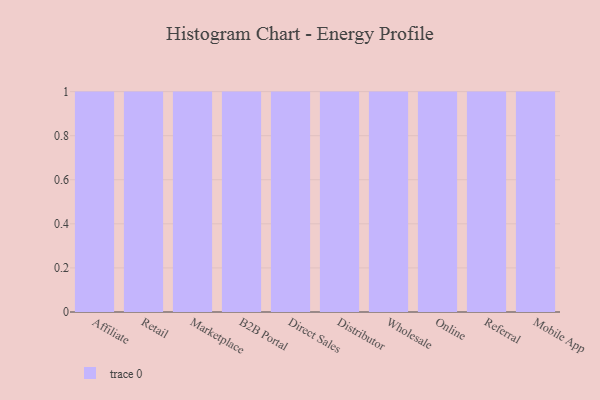
{"axis": {"x": "Channel", "y": "Churn Rate (%)"}, "legend": [""], "data": [{"x": "Affiliate", "y": 56, "type": ""}, {"x": "Retail", "y": 54, "type": ""}, {"x": "Marketplace", "y": 23, "type": ""}, {"x": "B2B Portal", "y": 97, "type": ""}, {"x": "Direct Sales", "y": 6, "type": ""}, {"x": "Distributor", "y": 20, "type": ""}, {"x": "Wholesale", "y": 5, "type": ""}, {"x": "Online", "y": 44, "type": ""}, {"x": "Referral", "y": 12, "type": ""}, {"x": "Mobile App", "y": 93, "type": ""}]}